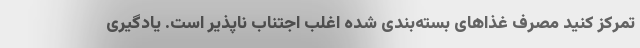
تمرکز کنید مصرف غذا‌های بسته‌بندی شده اغلب اجتناب ناپذیر است. یادگیری